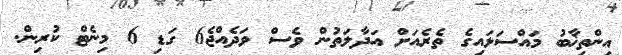
އިންތިޚާބު މައްސަލައިގެ ތެރެއަށް އަދާލަތުން ވެސް ވަދެއްޖެ6 ގަޑި 6 މިނެޓް ކުރިން.